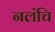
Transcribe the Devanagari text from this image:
नलंचि